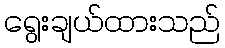
ရွေးချယ်ထားသည်